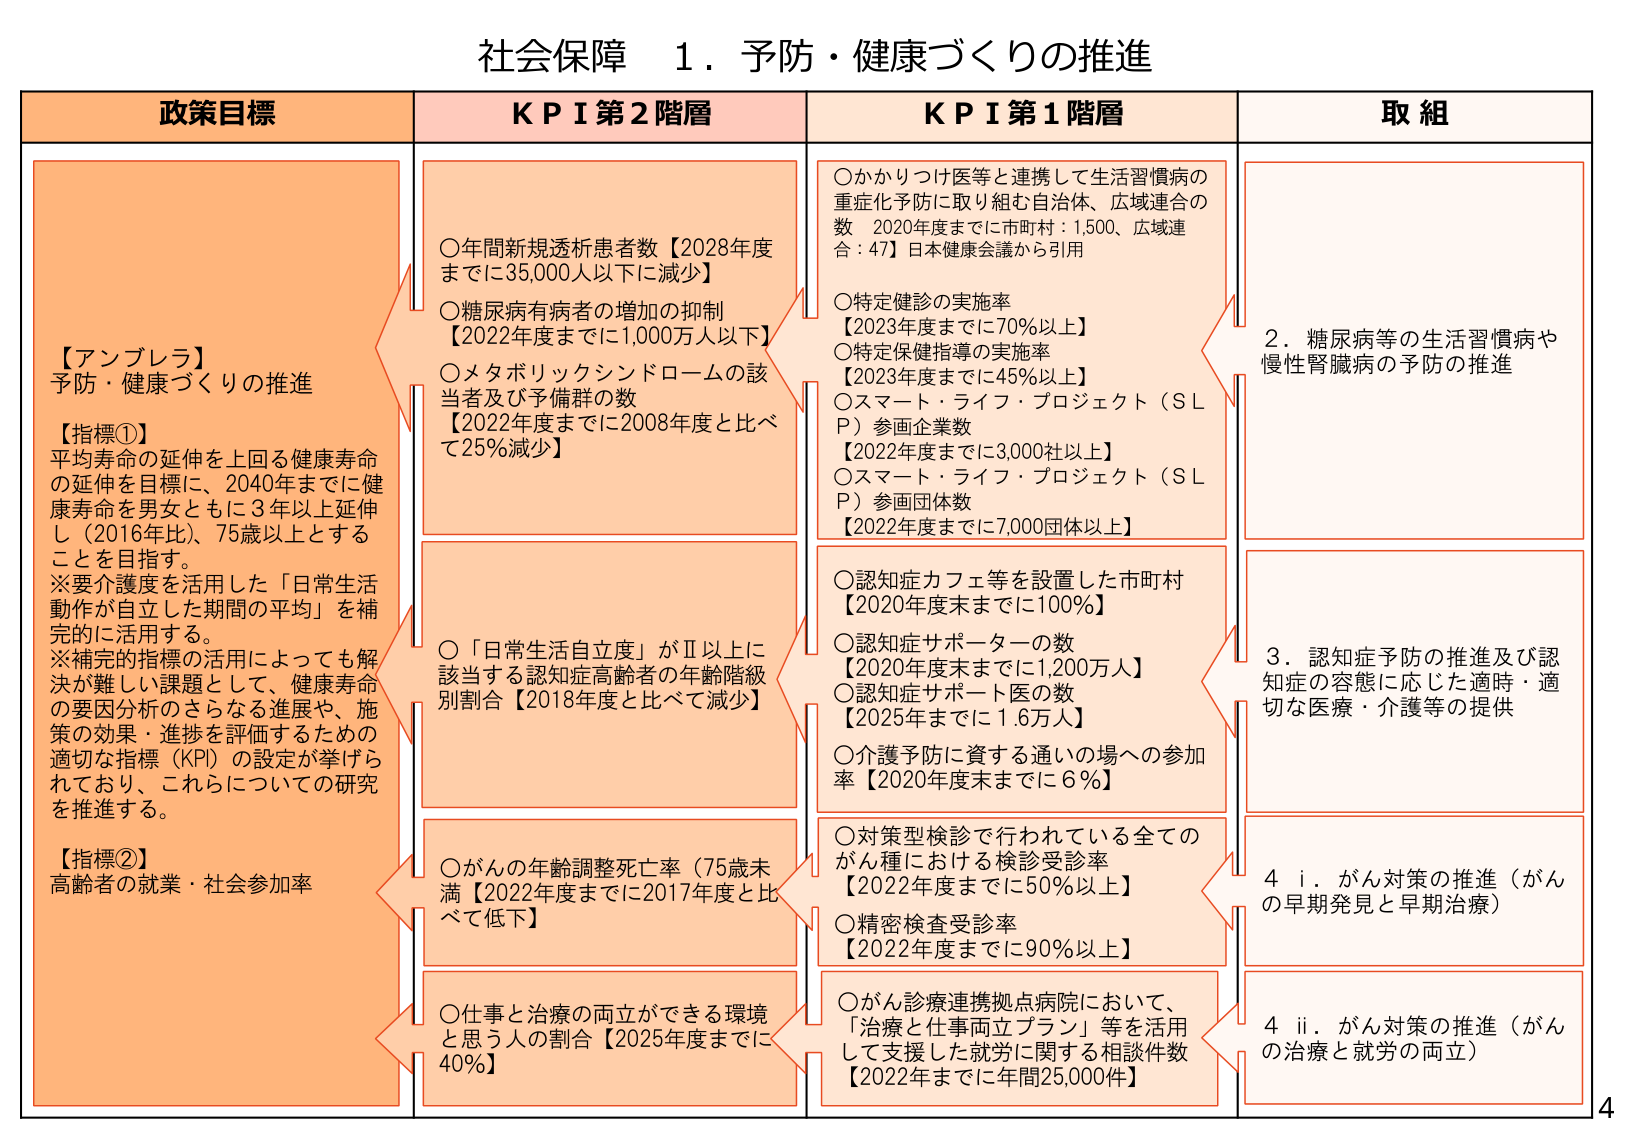
社会保障 1．予防・健康づくりの推進

政策目標

【アンブレラ】
予防・健康づくりの推進

【指標①】
平均寿命の延伸を上回る健康寿命
の延伸を目標に、2040年までに健
康寿命を男女ともに3年以上延伸
し（2016年比）、75歳以上とする
ことを目指す。
※要介護度を活用した「日常生活
動作が自立した期間の平均」を補
完的に活用する。
※補完的指標の活用によっても解
決が難しい課題として、健康寿命
の要因分析のさらなる進展や、施
策の効果・進捗を評価するための
適切な指標（KPI）の設定が挙げら
れており、これらについての研究
を推進する。

【指標②】
高齢者の就業・社会参加率

KPI 第2階層

○年間新規透析患者数【2028年度
までに35,000人以下に減少】
○糖尿病有病者の増加の抑制
【2022年度までに1,000万人以下】
○メタボリックシンドロームの該
当者及び予備群の数
【2022年度までに2008年度と比べ
て25％減少】

○「日常生活自立度」がⅡ以上に
該当する認知症高齢者の年齢階級
別割合【2018年度と比べて減少】

○がんの年齢調整死亡率（75歳未
満【2022年度までに2017年度と比
べて低下】

○仕事と治療の両立ができる環境
と思う人の割合【2025年度までに
40％】

KPI 第1階層

○かかりつけ医等と連携して生活習慣病の
重症化予防に取り組む自治体、広域連合の
数 2020年度までに市町村：1,500、広域連
合：47】日本健康会議から引用

○特定健診の実施率
【2023年度までに70％以上】
○特定保健指導の実施率
【2023年度までに45％以上】
○スマート・ライフ・プロジェクト（ＳＬ
Ｐ）参画企業数
【2022年度までに3,000社以上】
○スマート・ライフ・プロジェクト（ＳＬ
Ｐ）参画団体数
【2022年度までに7,000団体以上】

○認知症カフェ等を設置した市町村
【2020年度末までに100％】
○認知症サポーターの数
【2020年度末までに1,200万人】
○認知症サポート医の数
【2025年までに1.6万人】
○介護予防に資する通いの場への参加
率【2020年度末までに6％】

○対策型検診で行われている全ての
がん種における検診受診率
【2022年度までに50％以上】
○精密検査受診率
【2022年度までに90％以上】

○がん診療連携拠点病院において、
「治療と仕事両立プラン」等を活用
して支援した就労に関する相談件数
【2022年までに年間25,000件】

取組

2．糖尿病等の生活習慣病や
慢性腎臓病の予防の推進

3．認知症予防の推進及び認
知症の容態に応じた適時・適
切な医療・介護等の提供

4 i．がん対策の推進（がん
の早期発見と早期治療）

4 ii．がん対策の推進（がん
の治療と就労の両立）

4